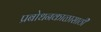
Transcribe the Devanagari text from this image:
प्रबोधनकाळासाठी